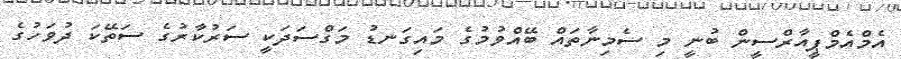
އެމްއެމްޕީއާރްސީން ބުނީ މި ސެމިނާތައް ބޭއްވުމުގެ މައިގަނޑު މަގްސަދަކީ ސަރުކާރުގެ ސަތޭކަ ދުވަހުގެ